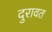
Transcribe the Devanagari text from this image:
दुरावत